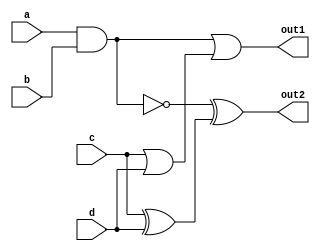
module MultiLevelCombinationalLogic (
    input  wire a,  // Input variable a
    input  wire b,  // Input variable b
    input  wire c,  // Input variable c
    input  wire d,  // Input variable d
    output wire out1, // Output for first logic function
    output wire out2  // Output for second logic function
);

// Step 1: Sub-function definitions

// Example: Intermediate signals for multi-level logic simplification
wire not_a;       // NOT operation on a
wire and_ab;      // AND operation between a and b
wire or_cd;       // OR operation between c and d
wire nand_ab;     // NAND operation between a and b
wire xor_cd;      // XOR operation between c and d

// Step 2: Implement sub-functions

// NOT operation
assign not_a = ~a;

// AND operation
assign and_ab = a & b;

// OR operation
assign or_cd = c | d;

// NAND operation
assign nand_ab = ~(a & b);

// XOR operation
assign xor_cd = c ^ d;

// Step 3: Final Outputs combining sub-functions

// Output for the first logic function (Example: (A AND B) OR (C OR D))
assign out1 = and_ab | or_cd;

// Output for the second logic function (Example: (A NAND B) XOR (C XOR D))
assign out2 = nand_ab ^ xor_cd;

endmodule